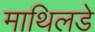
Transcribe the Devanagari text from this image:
माथिलडे